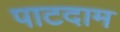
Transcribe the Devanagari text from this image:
पाटदाम